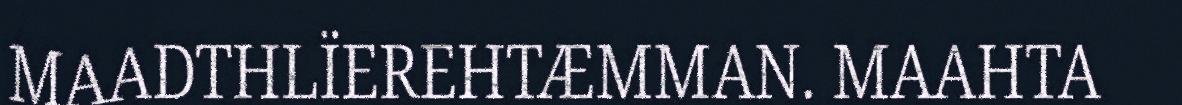
MAADTHLÏEREHTÆMMAN. MAAHTA